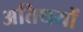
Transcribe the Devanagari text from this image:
अतिथयों